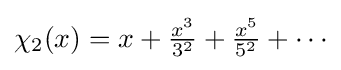
{\textstyle \chi _{2}(x)=x+{\frac {x^{3}}{3^{2}}}+{\frac {x^{5}}{5^{2}}}+\cdots }